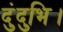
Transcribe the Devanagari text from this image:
दुंदुभि।